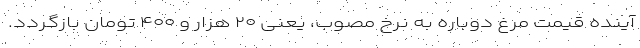
آینده قیمت مرغ دوباره به نرخ مصوب، یعنی ۲۰ هزار و ۴۰۰ تومان بازگردد.